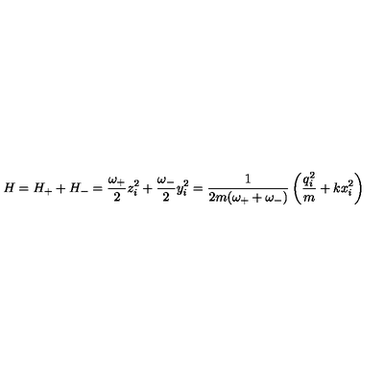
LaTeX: H = H _ { + } + H _ { - } = \frac { \omega _ { + } } { 2 } z _ { i } ^ { 2 } + \frac { \omega _ { - } } { 2 } y _ { i } ^ { 2 } = \frac { 1 } { 2 m ( \omega _ { + } + \omega _ { - } ) } \left( \frac { q _ { i } ^ { 2 } } { m } + k x _ { i } ^ { 2 } \right)